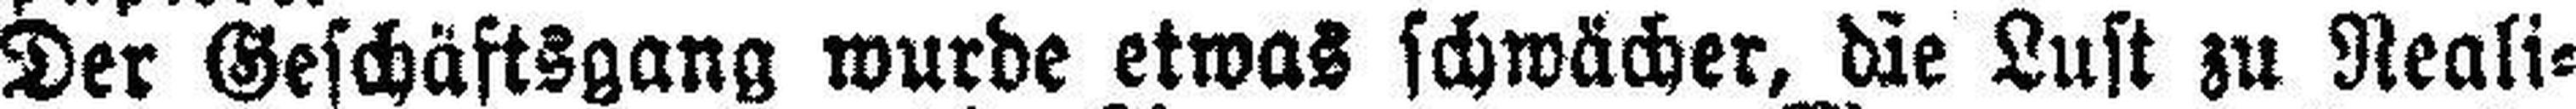
Der Geschäftsgang wurde etwas schwächer, die Lust zu Reali¬